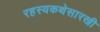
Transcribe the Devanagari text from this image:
रहस्यकथेसारखी